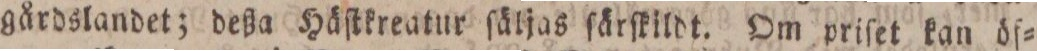
gårdslandet; deßa Häſtkreatur ſäljas ſärſkildt. Om priſet kan öf=